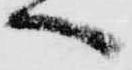
へ